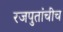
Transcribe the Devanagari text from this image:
रजपुतांचीच